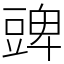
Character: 豍